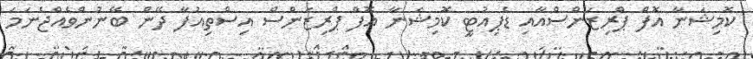
ކޮމިޝަނާ އޮފް ޕްރިޒަންސްއާއި ޑެޕިއުޓީ ކޮމިޝަނާ އޮފް ޕްރިޒަންސް އިސްތިއުފާ ދޭން ބޭނުންވެއްޖެނަމަ